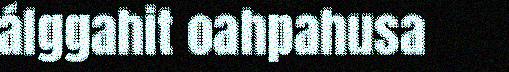
álggahit oahpahusa